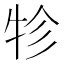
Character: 𤙁